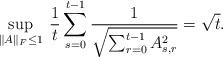
LaTeX: \begin{align*}\sup_{\Vert A \Vert_F \le 1} \: \frac1{t}\sum_{s=0}^{t-1} \frac{1}{\sqrt{\sum_{r=0}^{t-1} A_{s,r}^2}} & = \sqrt{t}.\end{align*}